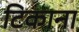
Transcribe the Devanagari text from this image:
टिकाना